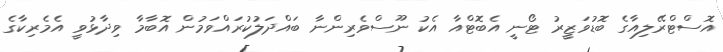
އޮސްޓްރޭލިއާގެ ބޮޑުވަޒީރު ޓޯނީ އެބޮޓްއާ އެކު ނޫސްވެރިންނާ ބައްދަލުކުރައްވަމުން އޮބާމާ ވިދާޅުވީ އެމެރިކާގެ